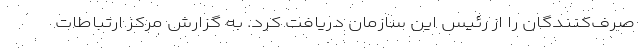
صرف‌کنندگان را از رئیس این سازمان دریافت کرد. به گزارش مرکز ارتباطات